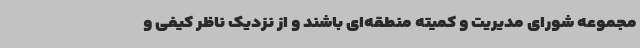
مجموعه شورای مدیریت و کمیته منطقه‌ای باشند و از نزدیک ناظر کیفی و